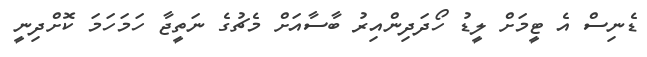
ޑެނިސް އެ ޓީމަށް ލީޑު ހޯދަދިންއިރު ބާސާއަށް މެޗުގެ ނަތީޖާ ހަމަހަމަ ކޮށްދިނީ